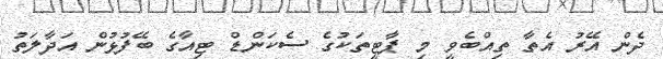
ދެން އޭރު އެތާ ތިއްބެވީ މި ޕާޓީތަކުގެ ސެކަންޑް ޓިއާގެ ބޭފުޅުން އަދާލަތު